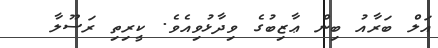
އަލް ބަރާއު ބިން ޢާޒިބުގެ ވިދާޅުވިއެވެ. ކީރިތި ރަސޫލާ